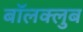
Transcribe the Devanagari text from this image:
बॉलक्लुब